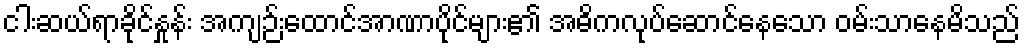
ငါးဆယ်ရာခိုင်နှုန်း အကျဉ်းထောင်အာဏာပိုင်များ၏ အဓိကလုပ်ဆောင်နေသော ဝမ်းသာနေမိသည်